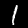
Label: 1